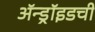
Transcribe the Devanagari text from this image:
ॲन्ड्रॉइडची